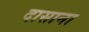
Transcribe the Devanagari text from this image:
दासाना